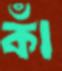
কাঁ